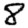
Digit: 8